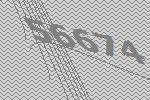
56674